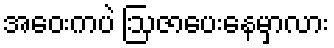
အဝေးကပဲ ဩဇာပေးနေမှာလား